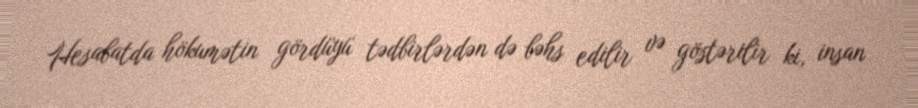
Hesabatda hökumətin gördüyü tədbirlərdən də bəhs edilir və göstərilir ki, insan